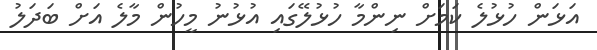
އަޅަން ހުޅުލެ ކަމަށް ނިންމާ ހުޅުލޭގައި އުޅުނު މީހުން މާލެ އަށް ބަދަލު